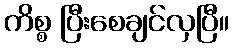
ကိစ္စ ပြီးစေချင်လှပြီ။